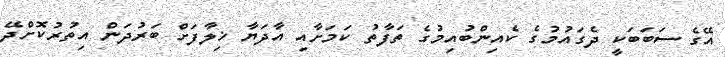
އޭގެ ސަބަބަކީ ދެގައުމުގެ ކެއިންބުއިމުގެ ތަފާތު ކަމަށާއި އާދަޔާ ޚިލާފަށް ބަރުދަން އިތުރުކޮށްދޭ